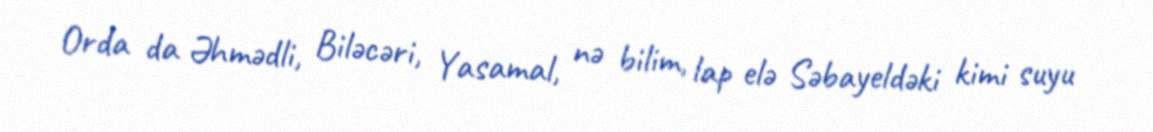
Orda da Əhmədli, Biləcəri, Yasamal, nə bilim, lap elə Səbayeldəki kimi suyu